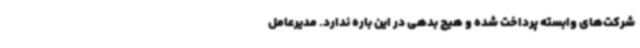
شرکت‌های وابسته پرداخت شده و هیچ بدهی در این باره ندارد. مدیرعامل